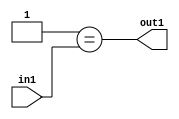
`timescale 1ps / 1ps
/*****************************************************************************
    Verilog RTL Description
    
    
    Created by: Stratus DpOpt 2019.1.01 
*******************************************************************************/

module in_buff_Eqi1u3_4_1 (
	in1,
	out1
	); /* architecture "behavioural" */ 
input [2:0] in1;
output  out1;
wire  asc001;

assign asc001 = (8'B00000001==in1);

assign out1 = asc001;
endmodule

/* CADENCE  urf5SA0= : u9/ySgnWtBlWxVPRXgAZ4Og= ** DO NOT EDIT THIS LINE ******/